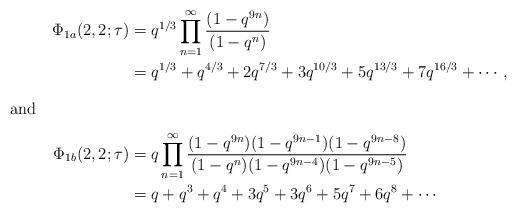
LaTeX: \begin{align*}\Phi_{1a}(2,2;\tau)&=q^{1/3}\prod_{n=1}^{\infty}\frac{(1-q^{9n})}{(1-q^n)}\\&=q^{1/3}+q^{4/3}+2q^{7/3}+3q^{10/3}+5q^{13/3}+7q^{16/3}+\cdots,\intertext{and}\Phi_{1b}(2,2;\tau)&=q\prod_{n=1}^\infty\frac{(1-q^{9n})(1-q^{9n-1})(1-q^{9n-8})}{(1-q^{n})(1-q^{9n-4})(1-q^{9n-5})}\\&=q+q^3+q^4+3q^5+3q^6+5q^7+6q^8+\cdots\end{align*}